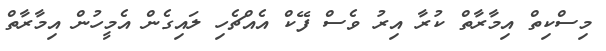
މިސްކިތް އިމާރާތް ކުރާ އިރު ވެސް ފޭކް އެއްޗެހި ލައިގެން އެމީހުން އިމާރާތް